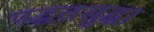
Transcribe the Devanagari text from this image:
पद्घतसुद्घा